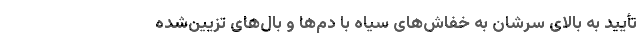
تأیید به بالای سرشان به خفاش‌های سیاه با دم‌ها و بال‌های تزیین‌شده